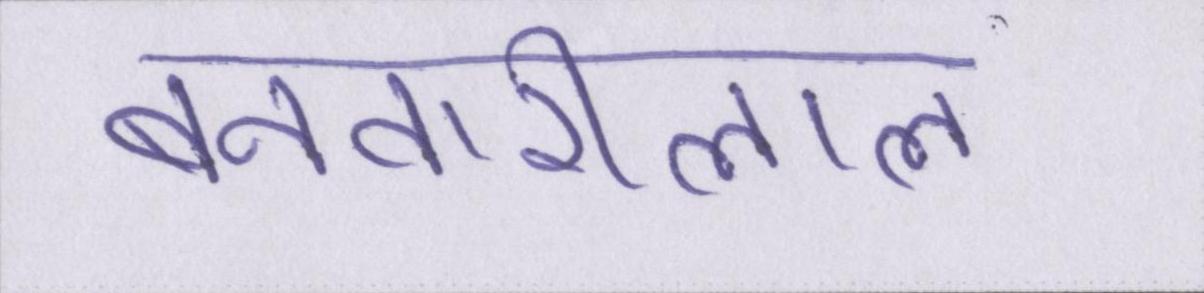
बनवारीलाल